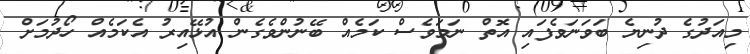
މިއަދުގެ ދުނިޔެ ބަވަނަވެފައި އޮތް ނަމަވެސް ކަމެއް ބޭނުންވެގެން އުޅޭއިރު އެކަމެއް ހޯދުމަށް